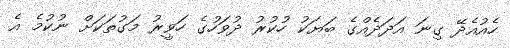
ހެއުއެދޭ ގިނަ އަދަދެއްގެ ބަޔަކު ހުކުރު ދުވަހުގެ ހަވީރު މަގުތަކަށް ނުކުމެ އެ